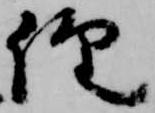
経